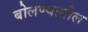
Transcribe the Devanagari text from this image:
बोलण्यातील